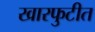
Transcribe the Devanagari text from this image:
खारफुटीत